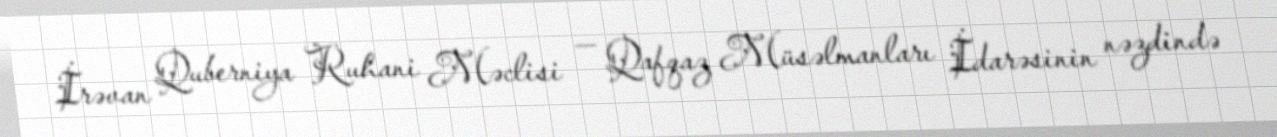
İrəvan Quberniya Ruhani Məclisi — Qafqaz Müsəlmanları İdarəsinin nəzdində